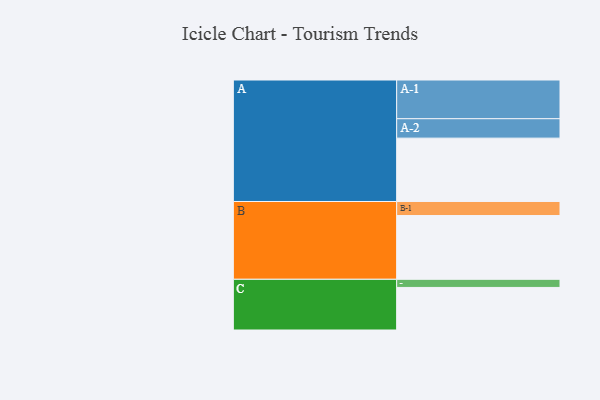
{"axis": {"x": "Segment", "y": "Value"}, "legend": ["", "A", "B", "C"], "data": [{"x": "A", "y": 460, "type": ""}, {"x": "B", "y": 463, "type": ""}, {"x": "C", "y": 309, "type": ""}, {"x": "A-1", "y": 281, "type": "A"}, {"x": "A-2", "y": 141, "type": "A"}, {"x": "B-1", "y": 102, "type": "B"}, {"x": "C-1", "y": 59, "type": "C"}]}